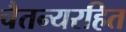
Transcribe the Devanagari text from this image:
चैतन्यरहित